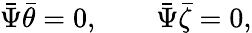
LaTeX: \bar{\Psi}\bar{\theta}=0,\qquad\bar{\Psi}\bar{\zeta}=0,